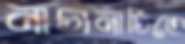
নাচানাচিতে